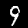
Label: 9